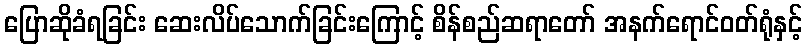
ပြောဆိုခံရခြင်း ဆေးလိပ်သောက်ခြင်းကြောင့် စိန်စည်ဆရာတော် အနက်ရောင်ဝတ်ရုံနှင့်